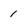
Character: 1